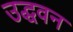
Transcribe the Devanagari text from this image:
उद्धवन